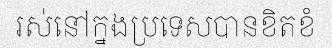
រស់នៅក្នងប្រទេសបានខិតខំ